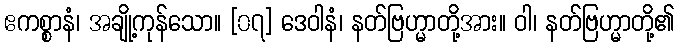
ဧကစ္စာနံ၊ အချို့ကုန်သော။ [၀၇] ဒေဝါနံ၊ နတ်ဗြဟ္မာတို့အား။ ဝါ၊ နတ်ဗြဟ္မာတို့၏